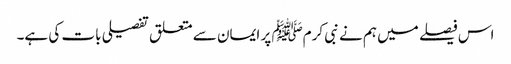
اس فیصلے میں ہم نے نبی کرمﷺ پر ایمان سے متعلق تفصیلی بات کی ہے۔